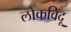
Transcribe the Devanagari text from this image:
लोकविदू